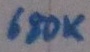
Text: 680K